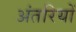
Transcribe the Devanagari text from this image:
अंतरियों